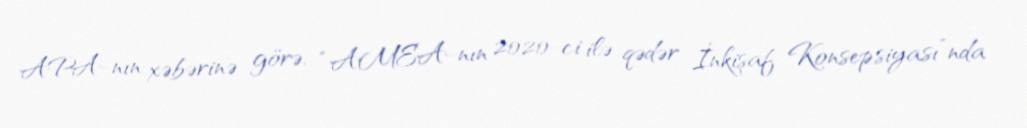
APA-nın xəbərinə görə, “AMEA-nın 2020-ci ilə qədər İnkişaf Konsepsiyası”nda